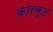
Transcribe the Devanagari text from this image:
कारकूट